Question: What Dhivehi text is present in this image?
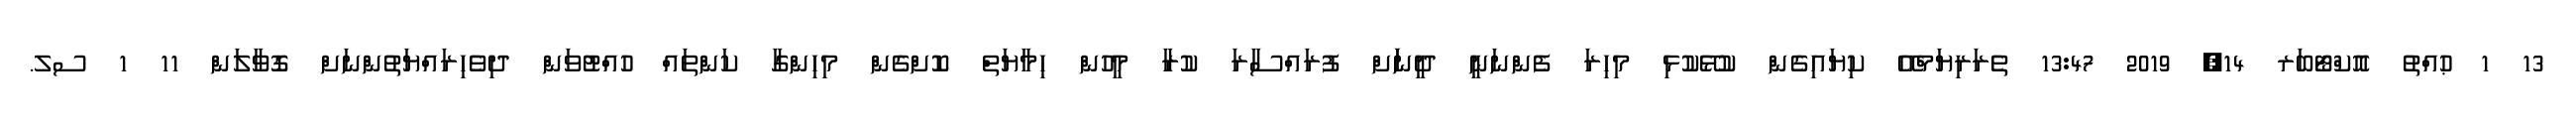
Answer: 13 1 ޙުއްތު އޮކްޓޯބަރ 14, 2019 13:47 ތެރަރިޔަމްއޭ ކިޔައިގެން ކުޅޭކުޅި މިހިރަ ފެންނަނީ ދީނަަށް ފުރައްސާރަ ކުރާ މީހުން ހިމާޔަތް ކޮށްގެން މިހިންގާ ކަންތައް ހުއްޓުވަން ދިވެހިރައްޔަތުންނަށް ގޮވާލަން 11 1 ސލ.